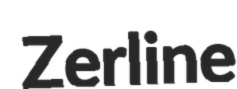
Zerline